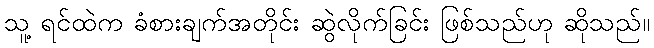
သူ့ ရင်ထဲက ခံစားချက်အတိုင်း ဆွဲလိုက်ခြင်း ဖြစ်သည်ဟု ဆိုသည်။